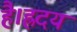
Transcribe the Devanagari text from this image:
है।ह्रदय